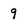
Character: 9